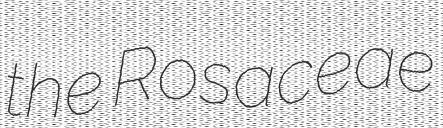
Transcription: the Rosaceae